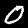
Label: 0